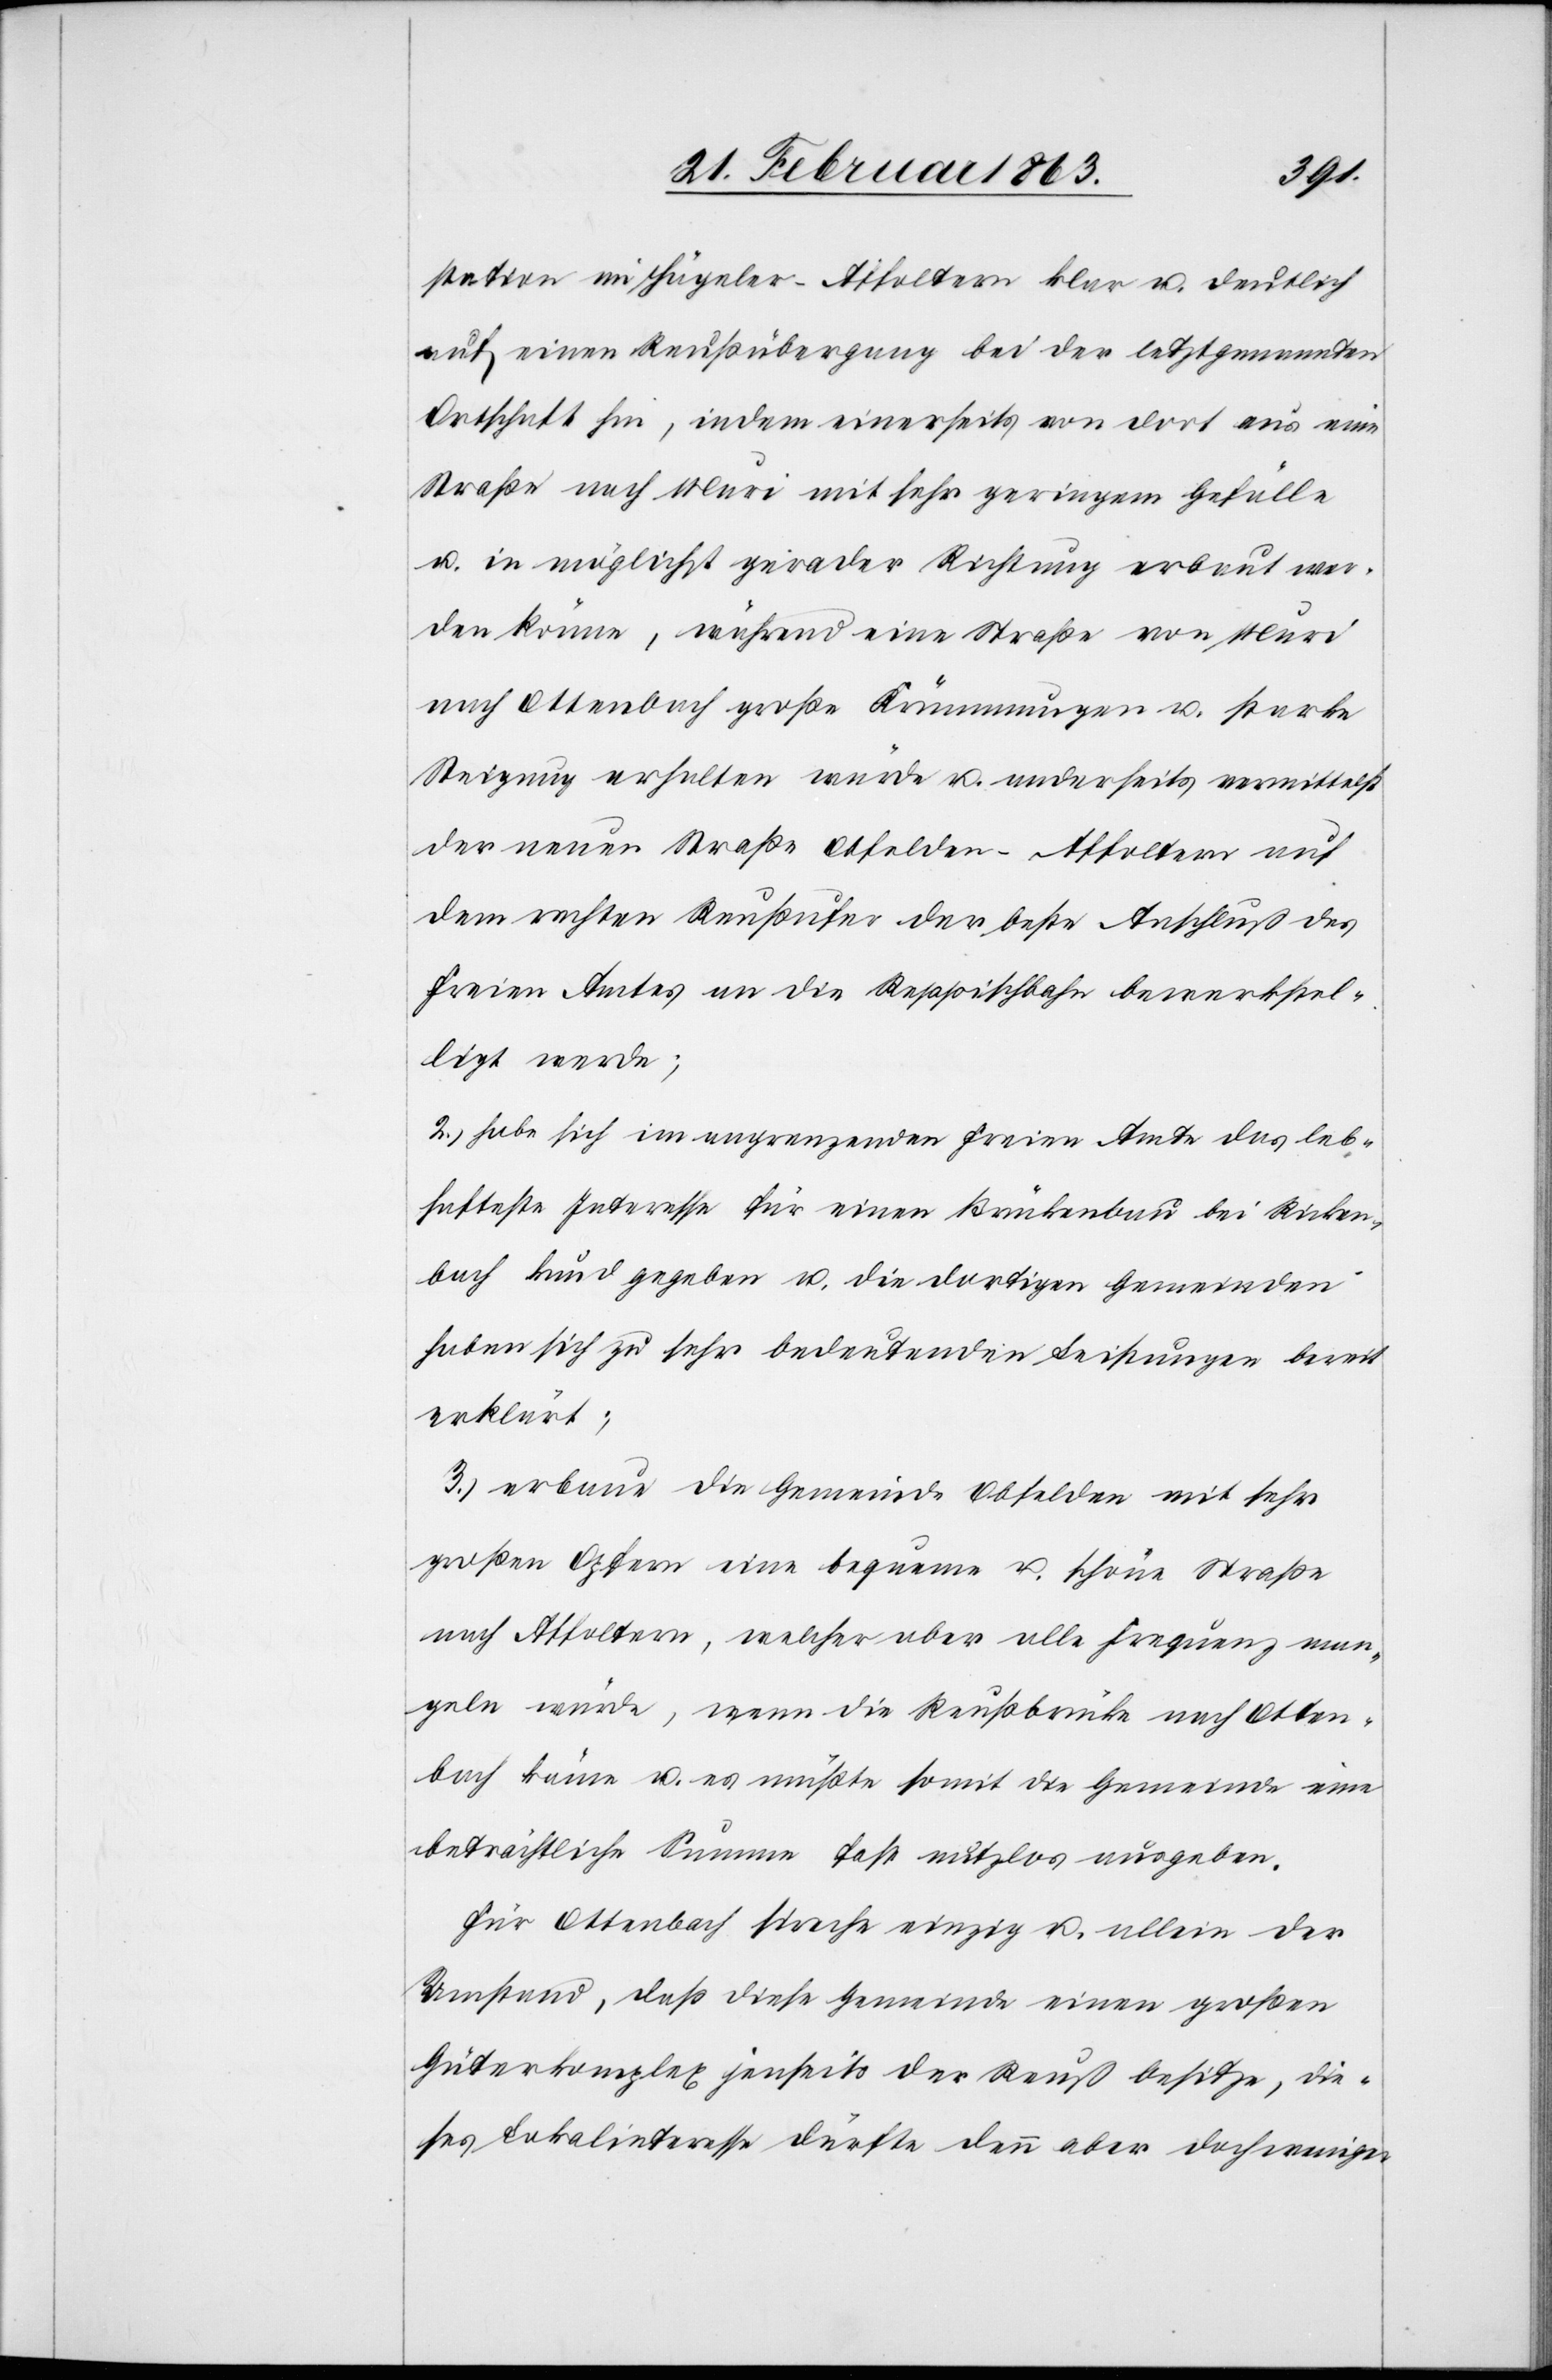
station im Hägeler–Affoltern klar u. deutlich
auf einen Reußübergang bei der letztgenannten
Ortschaft hin, indem einerseits von dort aus eine
Straße nach Muri mit sehr geringem Gefälle
u. in möglichst gerader Richtung erbaut wer¬
den könne, während eine Straße von Muri
nach Ottenbach große Krümmungen u. starke
Steigung erhalten würde u. anderseits vermittelst
der neuen Straße Obfelden–Affoltern auf
dem rechten Reußufer der beste Anschluß des
Freien Amtes an die Reppischbahn bewerkstel¬
ligt werde;
2.) habe sich im angrenzenden Freien Amte das leb¬
hafteste Interesse für einen Brückenbau bei Ricken¬
bach kund gegeben u. die dortigen Gemeinden
haben sich zu sehr bedeutenden Leistungen bereit
erklärt;
3.) erbaue die Gemeinde Obfelden mit sehr
großen Opfern eine bequeme u. schöne Straße
nach Affoltern, welcher aber alle Frequenz man¬
geln würde, wenn die Reußbrücke nach Otten¬
bach käme u. es müßte somit die Gemeinde eine
beträchtliche Summe fast nutzlos ausgeben.
Für Ottenbach spreche einzig u. allein der
Umstand, daß diese Gemeinde einen großen
Güterkomplex jenseits der Reuß besitze, die¬
ses Lokalinteresse dürfte denn aber doch weniger